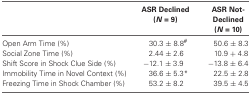
|  | ASR Declined (N = 9) | ASR Not- Declined (N = 10) |
 | --- | --- | --- |
 | Open Arm Time (%) | 30.3 ± 8.8# | 50.6 ± 8.3 |
 | Social Zone Time (%) | 2.44 ± 2.6 | 10.9 + 4.8 |
 | Shift Score in Shock Clue Side (%) | −12.1 ± 3.9 | −13.8 ± 6.4 |
 | Immobility Time in Novel Context (%) | 36.6 ± 5.3* | 22.5 ± 2.8 |
 | Freezing Time in Shock Chamber (%) | 53.2 ± 8.2 | 39.5 ± 4.5 |